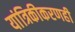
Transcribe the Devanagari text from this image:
यांत्रिकीकरणही